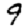
Digit: 9